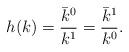
LaTeX: \begin{align*}h(k) = \frac{\bar{k}^0}{k^1} = \frac{\bar{k}^1}{k^0}.\end{align*}